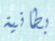
بطانية